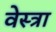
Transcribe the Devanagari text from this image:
वेस्त्रा